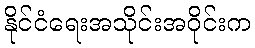
နိုင်ငံရေးအသိုင်းအဝိုင်းက